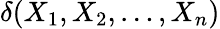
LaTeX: \delta(X_{1},X_{2},\ldots,X_{n})